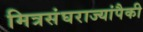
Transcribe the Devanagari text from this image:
मित्रसंघराज्यांपैकी